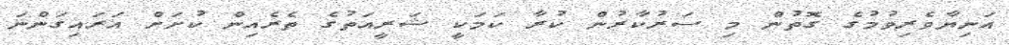
އަނިޔާވެރިވުމުގެ ގޮތުން މި ސަރުކާރުން ކުރާ ކަމަކީ ޝަރީއަތުގެ ތެރެއިން ކުށަށް އަރައިގަންނަ